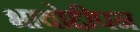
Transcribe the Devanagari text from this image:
भावोद्दीपन